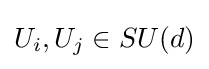
U_{i},U_{j}\in SU(d)